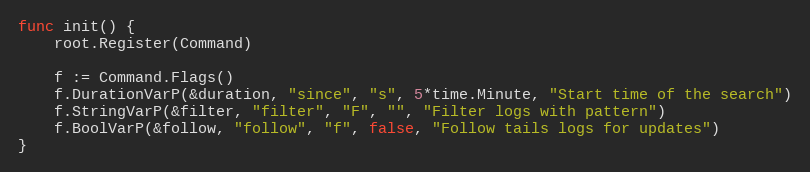
Language: Go
func init() {
	root.Register(Command)

	f := Command.Flags()
	f.DurationVarP(&duration, "since", "s", 5*time.Minute, "Start time of the search")
	f.StringVarP(&filter, "filter", "F", "", "Filter logs with pattern")
	f.BoolVarP(&follow, "follow", "f", false, "Follow tails logs for updates")
}